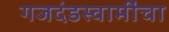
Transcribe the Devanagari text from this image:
गजदंडस्वामींचा